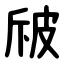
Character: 㿭